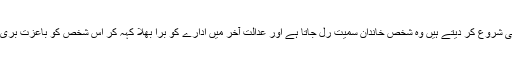
سرکاری ادارے بھی کسی کے خلاف کارروائی شروع کر دیتے ہیں وہ شخص خاندان سمیت رل جاتا ہے اور عدالت آخر میں ادارے کو برا بھلا کہہ کر اس شخص کو باعزت بری کر دیتی ہے‘ یہ کیا تماشا‘ یہ کیا حماقت ہے؟